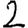
Digit: 2